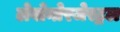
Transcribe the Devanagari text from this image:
लेवोनोरजेस्ट्रल